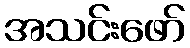
အသင်းဖော်